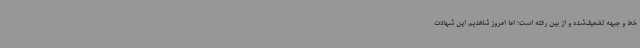
خط و جبهه تضعیف‌شده و از بین رفته است؛ اما امروز شاهدیم این شهادت